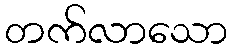
တက်လာသော